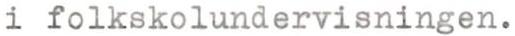
i folkskolundervisningen.